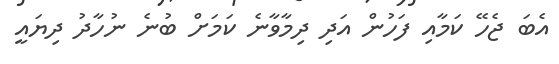
އެބަ ޖެހޭ ކަމާއި ފަހުން އަދި ދިމާވާނެ ކަމަށް ބުނެ ނުހާދު ދިޔައީ